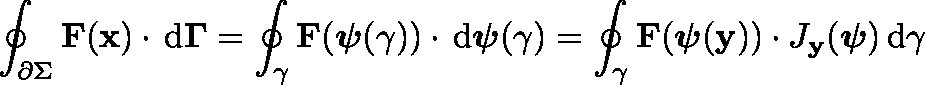
\oint _ { \partial \Sigma } { \mathbf { F } ( \mathbf { x } ) \cdot \, \mathrm { d } \mathbf { \Gamma } } = \oint _ { \gamma } { \mathbf { F } ( { \boldsymbol { \psi } } ( \mathbf { \gamma } ) ) \cdot \, \mathrm { d } { \boldsymbol { \psi } } ( \mathbf { \gamma } ) } = \oint _ { \gamma } { \mathbf { F } ( { \boldsymbol { \psi } } ( \mathbf { y } ) ) \cdot J _ { \mathbf { y } } ( { \boldsymbol { \psi } } ) \, \mathrm { d } \gamma }